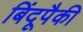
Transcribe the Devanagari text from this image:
बिंदूपैकी